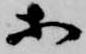
等